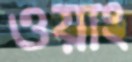
ওয়াং